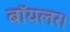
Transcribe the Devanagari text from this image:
बॉयलर।